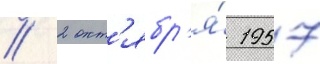
// 2 окт'ябр'я́ 1957